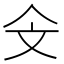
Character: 𣁁